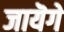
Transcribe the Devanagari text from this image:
जायॆगे